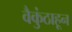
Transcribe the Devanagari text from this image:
वैकुंठाहून